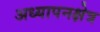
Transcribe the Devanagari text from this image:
अध्यापनक्षेत्र